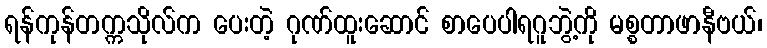
ရန်ကုန်တက္ကသိုလ်က ပေးတဲ့ ဂုဏ်ထူးဆောင် စာပေပါရဂူဘွဲ့ကို မစ္စတာဖာနီဗယ်၊